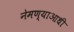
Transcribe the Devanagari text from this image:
नेमण्याआधी